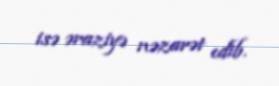
isə əraziyə nəzarət edib.